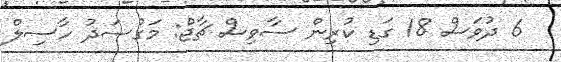
6 ދުވަސް 18 ގަޑި ކުރިން ސާވިސް ޗާޖް: މަގުސަދު ހާސިލް